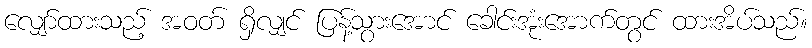
လျှော်ထားသည့် အဝတ် ရှိလျှင် ပြန့်သွားအောင် ခေါင်းအုံးအောက်တွင် ထားအိပ်သည်။